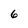
Character: 6